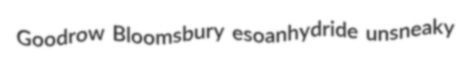
Goodrow Bloomsbury esoanhydride unsneaky